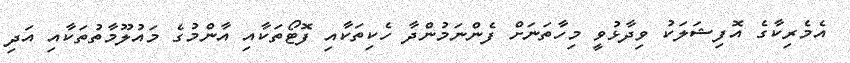
އެމެރިކާގެ އޮފިޝަލަކު ވިދާޅުވީ މިހާތަނަށް ފެންނަމުންދާ ހެކިތަކާއި ފޮޓޯތަކާއި އާންމުގެ މައުލޫމާތުތަކާއި އަދި